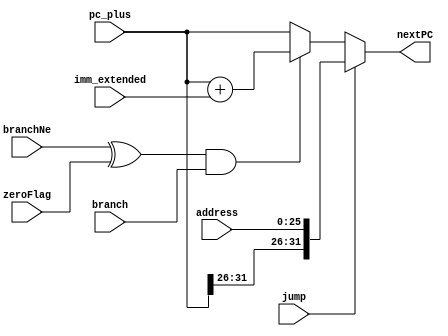
// Universidade Federal Rural de Pernambuco
// 2023.1
// Arquitetura e Organizao de Computadores - 2VA
// Alunos:
// Beatriz Pereira, Leonardo Viana, Paloma Raissa, Ricardo Zaidan
// -----------------------------

module proxPC(pc_plus, address, jump, branch, branchNe, zeroFlag, imm_extended, nextPC);
	// Declarao de entradas e sada
	input wire [31:0] pc_plus;
	input wire [25:0] address;
	input wire jump;
	input wire branch;
	input wire branchNe;
	input wire zeroFlag;
	input wire [31:0] imm_extended;
	output reg [31:0] nextPC;

	always @(*) begin
		if (jump) begin
			nextPC = {pc_plus[31:26], address};
		end else if ((branchNe ^ zeroFlag) && branch) begin
			nextPC = pc_plus + imm_extended;
		end else begin
			nextPC = pc_plus;
		end
	end
	
endmodule